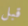
قبل